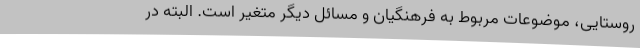
روستایی، موضوعات مربوط به فرهنگیان و مسائل دیگر متغیر است. البته در